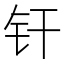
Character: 𬬧